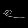
Digit: ၉